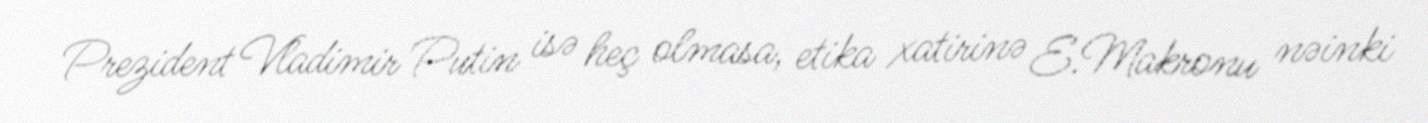
Prezident Vladimir Putin isə heç olmasa, etika xatirinə E.Makronu nəinki